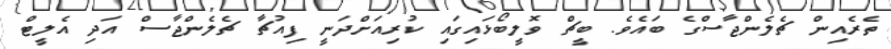
ތެރެއިން ޗެލެންޖާސްގެ ބައެވެ. ބީޗް ވޮލީބޯޅައިގައި ކުރިއަށްދަނީ ފިއުޗާ ޗެލެންޖާސް އަދި އެލީޓް